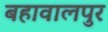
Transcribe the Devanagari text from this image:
बहावालपुर